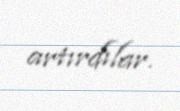
artırdılar.